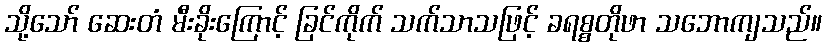
သို့သော် ဆေးတံ မီးခိုးကြောင့် ခြင်ကိုက် သက်သာသဖြင့် ခရစ္စတိုဖာ သဘောကျသည်။